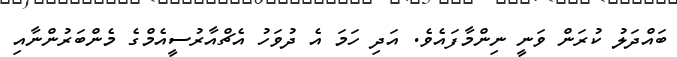
ބައްދަލު ކުރަން ވަނީ ނިންމާފައެވެ. އަދި ހަމަ އެ ދުވަހު އެޗްއާރުސީއެމްގެ މެންބަރުންނާއި